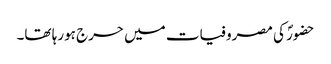
حضورؐ کی مصروفیات میں حرج ہورہا تھا۔